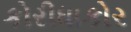
કોરીધાકોર